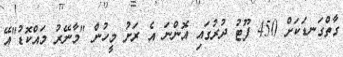
ގާތްގަނޑަކަށް 450 ފޫޓު ދުރުގައި އޮންނަ އެ ރަށު މީހުން "މާނޭރު މައްކޮޑު"އޭ